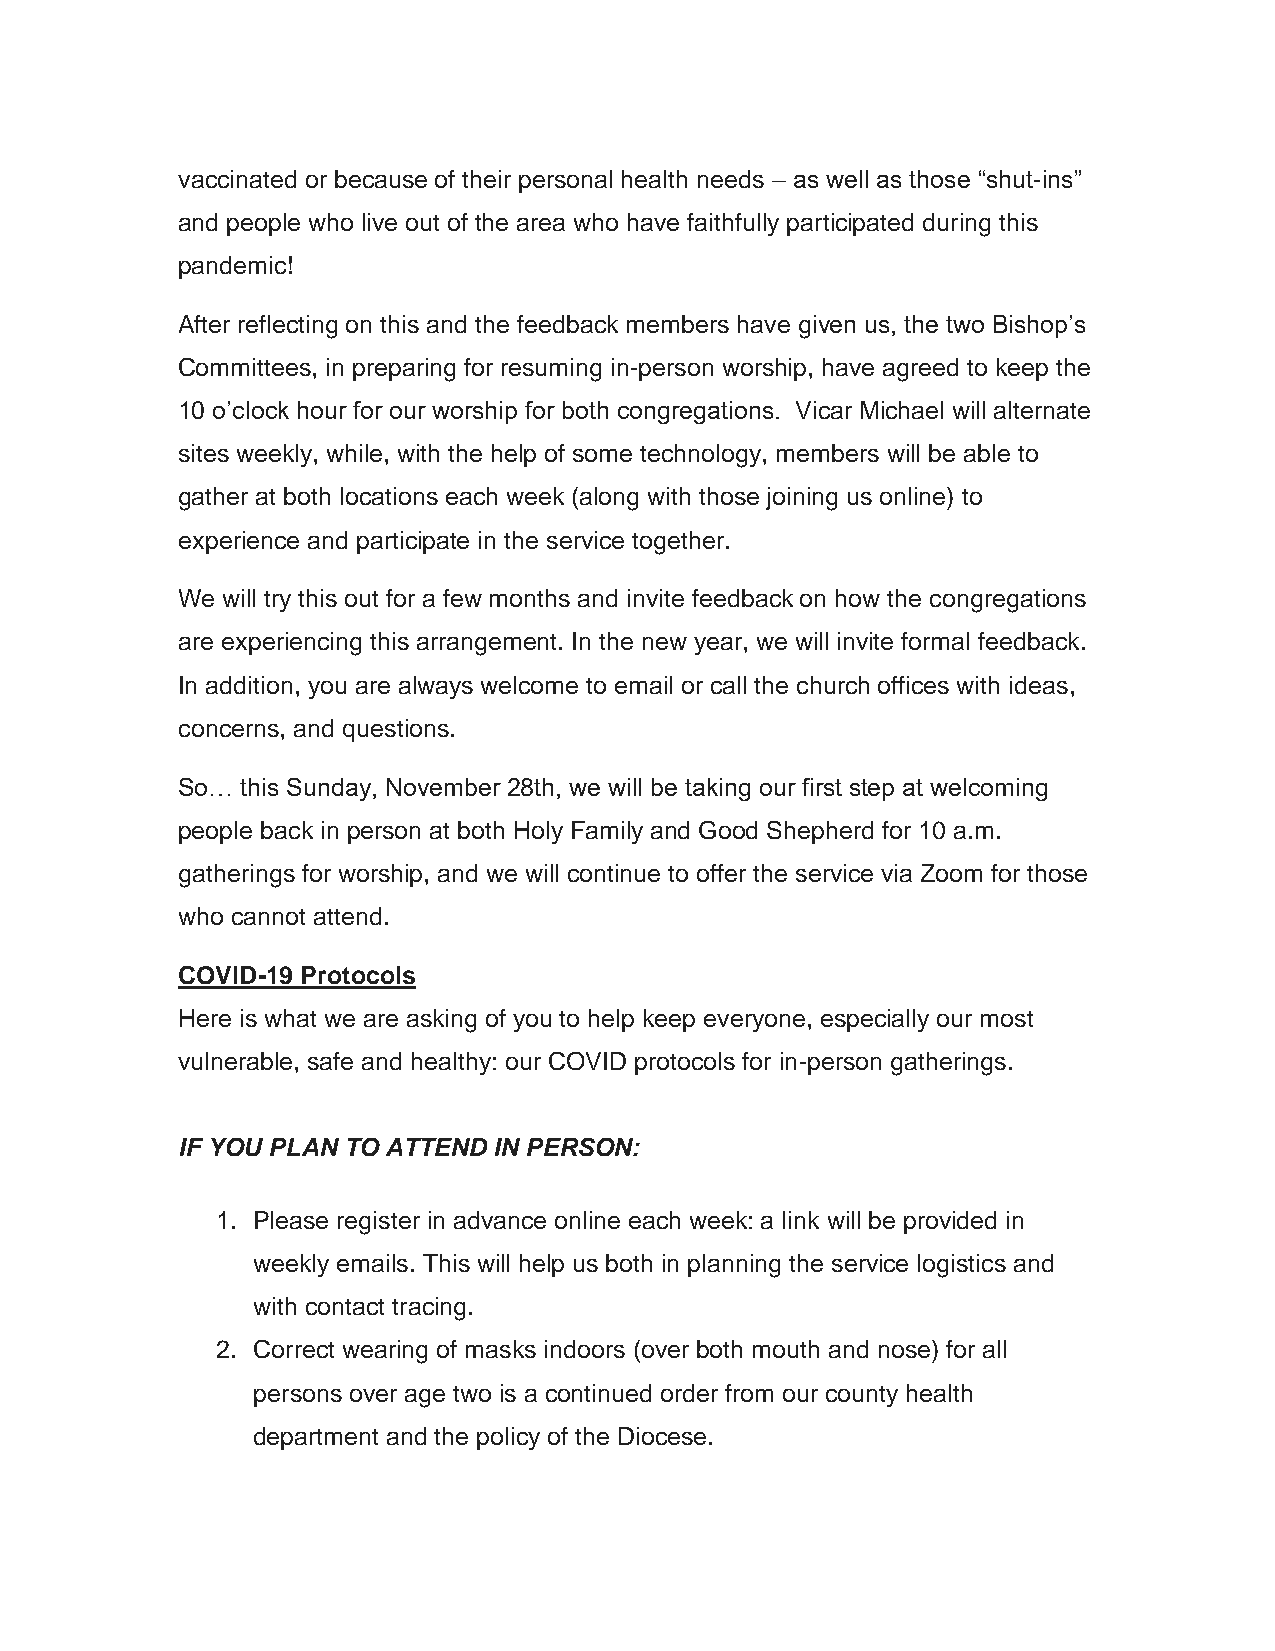
vaccinated or because of their personal health needs – as well as those “shut-ins”
 and people who live out of the area who have faithfully participated during this
 pandemic!
 After reflecting on this and the feedback members have given us, the two Bishop’s
 Committees, in preparing for resuming in-person worship, have agreed to keep the
 10 o’clock hour for our worship for both congregations. Vicar Michael will alternate
 sites weekly, while, with the help of some technology, members will be able to
 gather at both locations each week (along with those joining us online) to
 experience and participate in the service together.
 We will try this out for a few months and invite feedback on how the congregations
 are experiencing this arrangement. In the new year, we will invite formal feedback.
 In addition, you are always welcome to email or call the church offices with ideas,
 concerns, and questions.
 So… this Sunday, November 28th, we will be taking our first step at welcoming
 people back in person at both Holy Family and Good Shepherd for 10 a.m.
 gatherings for worship, and we will continue to offer the service via Zoom for those
 who cannot attend.
 COVID-19 Protocols
 Here is what we are asking of you to help keep everyone, especially our most
 vulnerable, safe and healthy: our COVID protocols for in-person gatherings.
 IF YOU PLAN TO ATTEND IN PERSON:
 1. Please register in advance online each week: a link will be provided in
 weekly emails. This will help us both in planning the service logistics and
 with contact tracing.
 2. Correct wearing of masks indoors (over both mouth and nose) for all
 persons over age two is a continued order from our county health
 department and the policy of the Diocese.